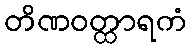
တိဏဝတ္ထာရကံ